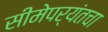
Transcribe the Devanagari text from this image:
सीमेपर्यंतचा